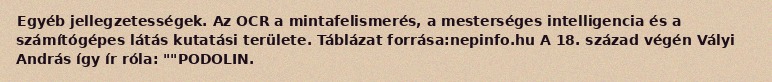
Egyéb jellegzetességek. Az OCR a mintafelismerés, a mesterséges intelligencia és a számítógépes látás kutatási területe. Táblázat forrása:nepinfo.hu A 18. század végén Vályi András így ír róla: ""PODOLIN.